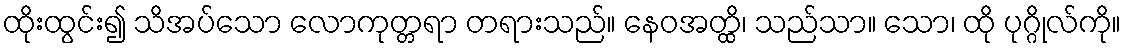
ထိုးထွင်း၍ သိအပ်သော လောကုတ္တရာ တရားသည်။ နေဝအတ္ထိ၊ သည်သာ။ သော၊ ထို ပုဂ္ဂိုလ်ကို။